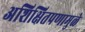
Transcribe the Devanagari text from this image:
अशिक्षितपणामुळे